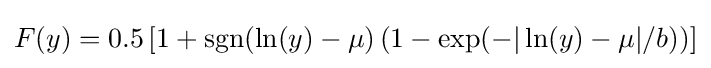
F(y)=0.5\,[1+\operatorname {sgn} (\ln(y)-\mu )\,(1-\exp(-|\ln(y)-\mu |/b))]